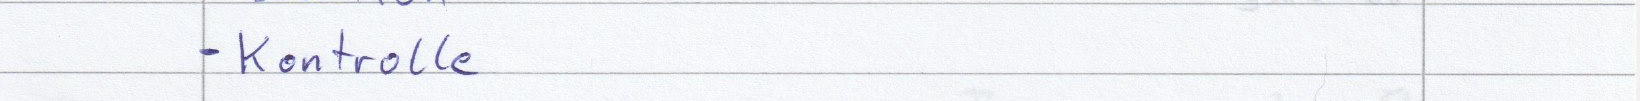
- Kontrolle